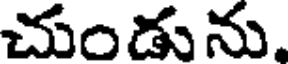
చుండును,